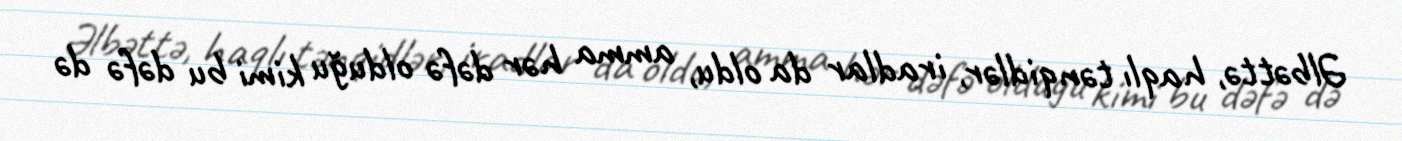
Əlbəttə, haqlı tənqidlər, iradlar da oldu, amma hər dəfə olduğu kimi bu dəfə də